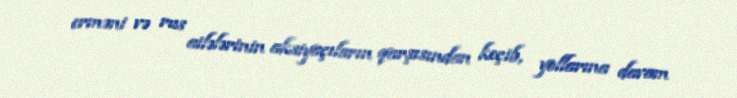
erməni və rus ailələrinin aksiyaçıların qarşısından keçib, yollarına davam